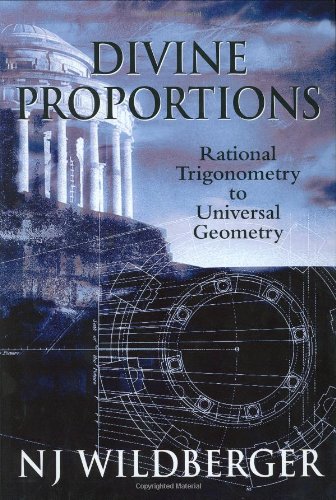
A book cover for Divine Proportions: Rational Trigonometry to Universal Geometry; N J Wildberger; Science & Math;